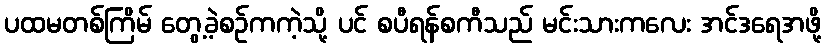
ပထမတစ်ကြိမ် တွေ့ခဲ့စဉ်ကကဲ့သို့ ပင် စပီရန်စကီသည် မင်းသားကလေး အင်ဒရေအဖို့